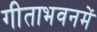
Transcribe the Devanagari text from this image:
गीताभवनमें